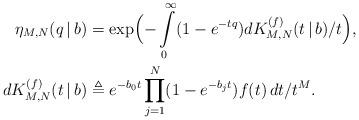
LaTeX: \begin{align*}\eta_{M,N}(q\,|\,b) & = \exp\Bigl(-\int\limits_0^\infty(1-e^{-tq})dK^{(f)}_{M,N}(t\,|\,b)/t\Bigr), \\dK^{(f)}_{M,N}(t\,|\,b) & \triangleq e^{-b_0t} \prod\limits_{j=1}^N(1-e^{-b_j t}) f(t)\,dt/t^M. \end{align*}